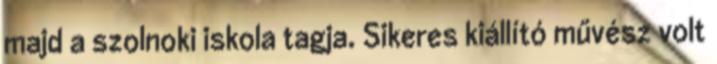
majd a szolnoki iskola tagja. Sikeres kiállító művész volt